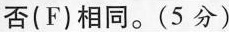
否(F)相同.(5分)